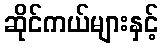
ဆိုင်ကယ်များနှင့်